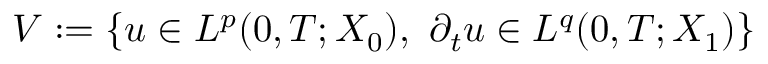
V : = \{ u \in L ^ { p } ( 0 , T ; X _ { 0 } ) , \ \partial _ { t } u \in L ^ { q } ( 0 , T ; X _ { 1 } ) \}